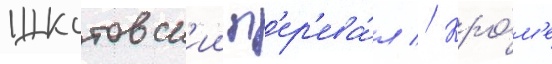
Шкотовск'ии п'ер'ева́л // Кро́м'е